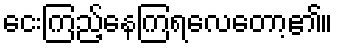
ငေးကြည့်နေကြရလေတော့၏။